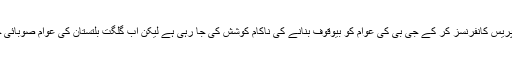
صوبائی حکومت کے نام نہاد وزراء کی روزانہ بنیاد پر پریس کانفرنسز کر کے جی بی کی عوام کو بیوقوف بنانے کی ناکام کوشش کی جا رہی ہے لیکن اب گلگت بلتستان کی عوام صوبائی حکومت کی بے اختیاری اور بے بسی کو جان چکے ہیں ۔